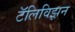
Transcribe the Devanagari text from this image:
टॅलिविझ़न